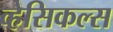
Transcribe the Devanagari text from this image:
व्हेसिकल्स